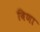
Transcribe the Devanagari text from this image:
विणा